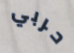
حربي